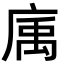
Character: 𢉠